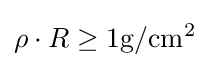
\rho \cdot R\geq 1\mathrm {g} /\mathrm {cm} ^{2}